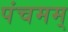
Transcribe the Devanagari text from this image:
पंचमम्